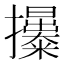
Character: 𢹯